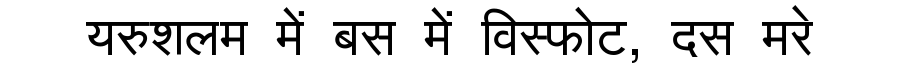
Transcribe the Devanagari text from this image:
यरुशलम में बस में विस्फोट, दस मरे